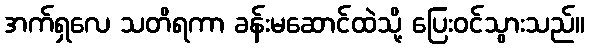
အက်ရှလေ သတိရကာ ခန်းမဆောင်ထဲသို့ ပြေးဝင်သွားသည်။